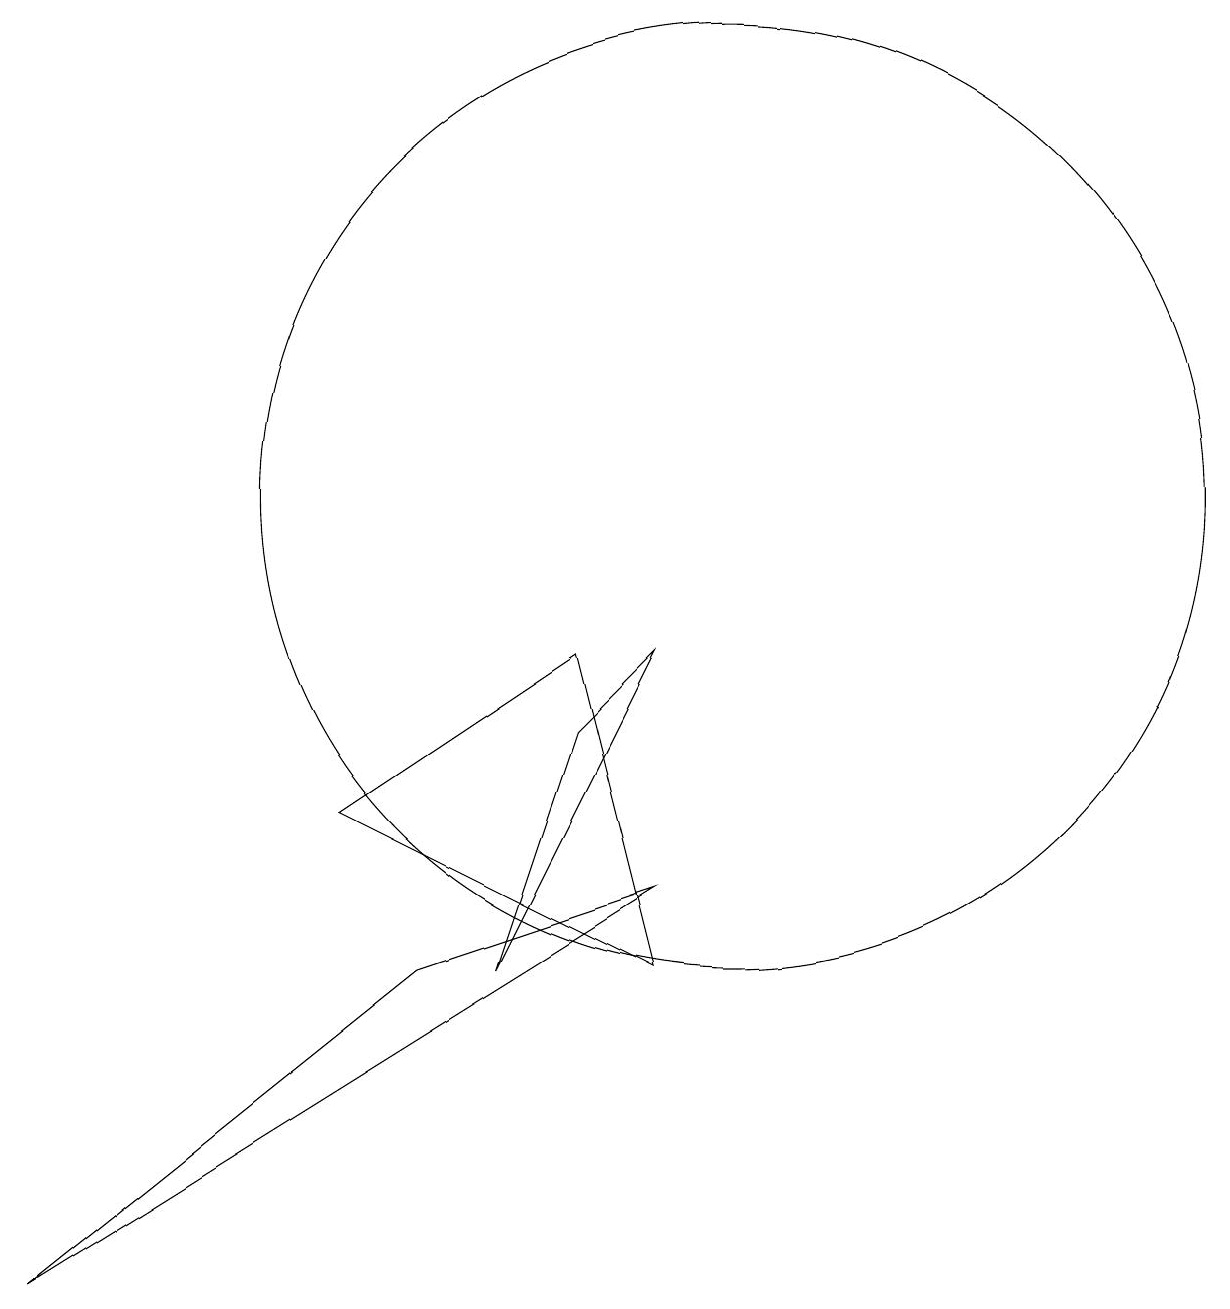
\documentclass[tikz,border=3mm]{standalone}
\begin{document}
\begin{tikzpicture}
\draw (10,11) circle (6);
\draw (9,6) -- (1,1) -- (6,5) -- cycle;
\draw (7,5) -- (8,8) -- (9,9) -- cycle;
\draw (8,9) -- (5,7) -- (9,5) -- cycle;
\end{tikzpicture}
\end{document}